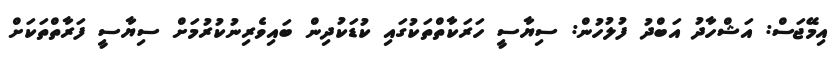
އިމޭޖަސް: އަޝްހާދު އަބްދު ފުލުހުން: ސިޔާސީ ހަރަކާތްތަކުގައި ކުޑަކުދިން ބައިވެރިނުކުރުމަށް ސިޔާސީ ފަރާތްތަކަށް